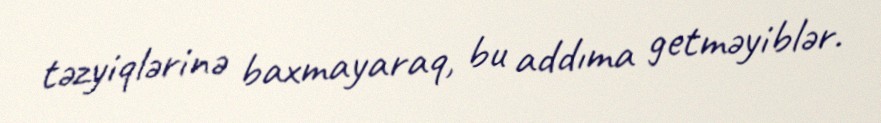
təzyiqlərinə baxmayaraq, bu addıma getməyiblər.